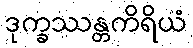
ဒုက္ခဿန္တကိရိယံ